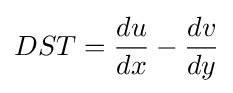
DST={\frac {du}{dx}}-{\frac {dv}{dy}}